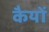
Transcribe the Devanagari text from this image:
कैयों